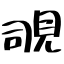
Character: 覗